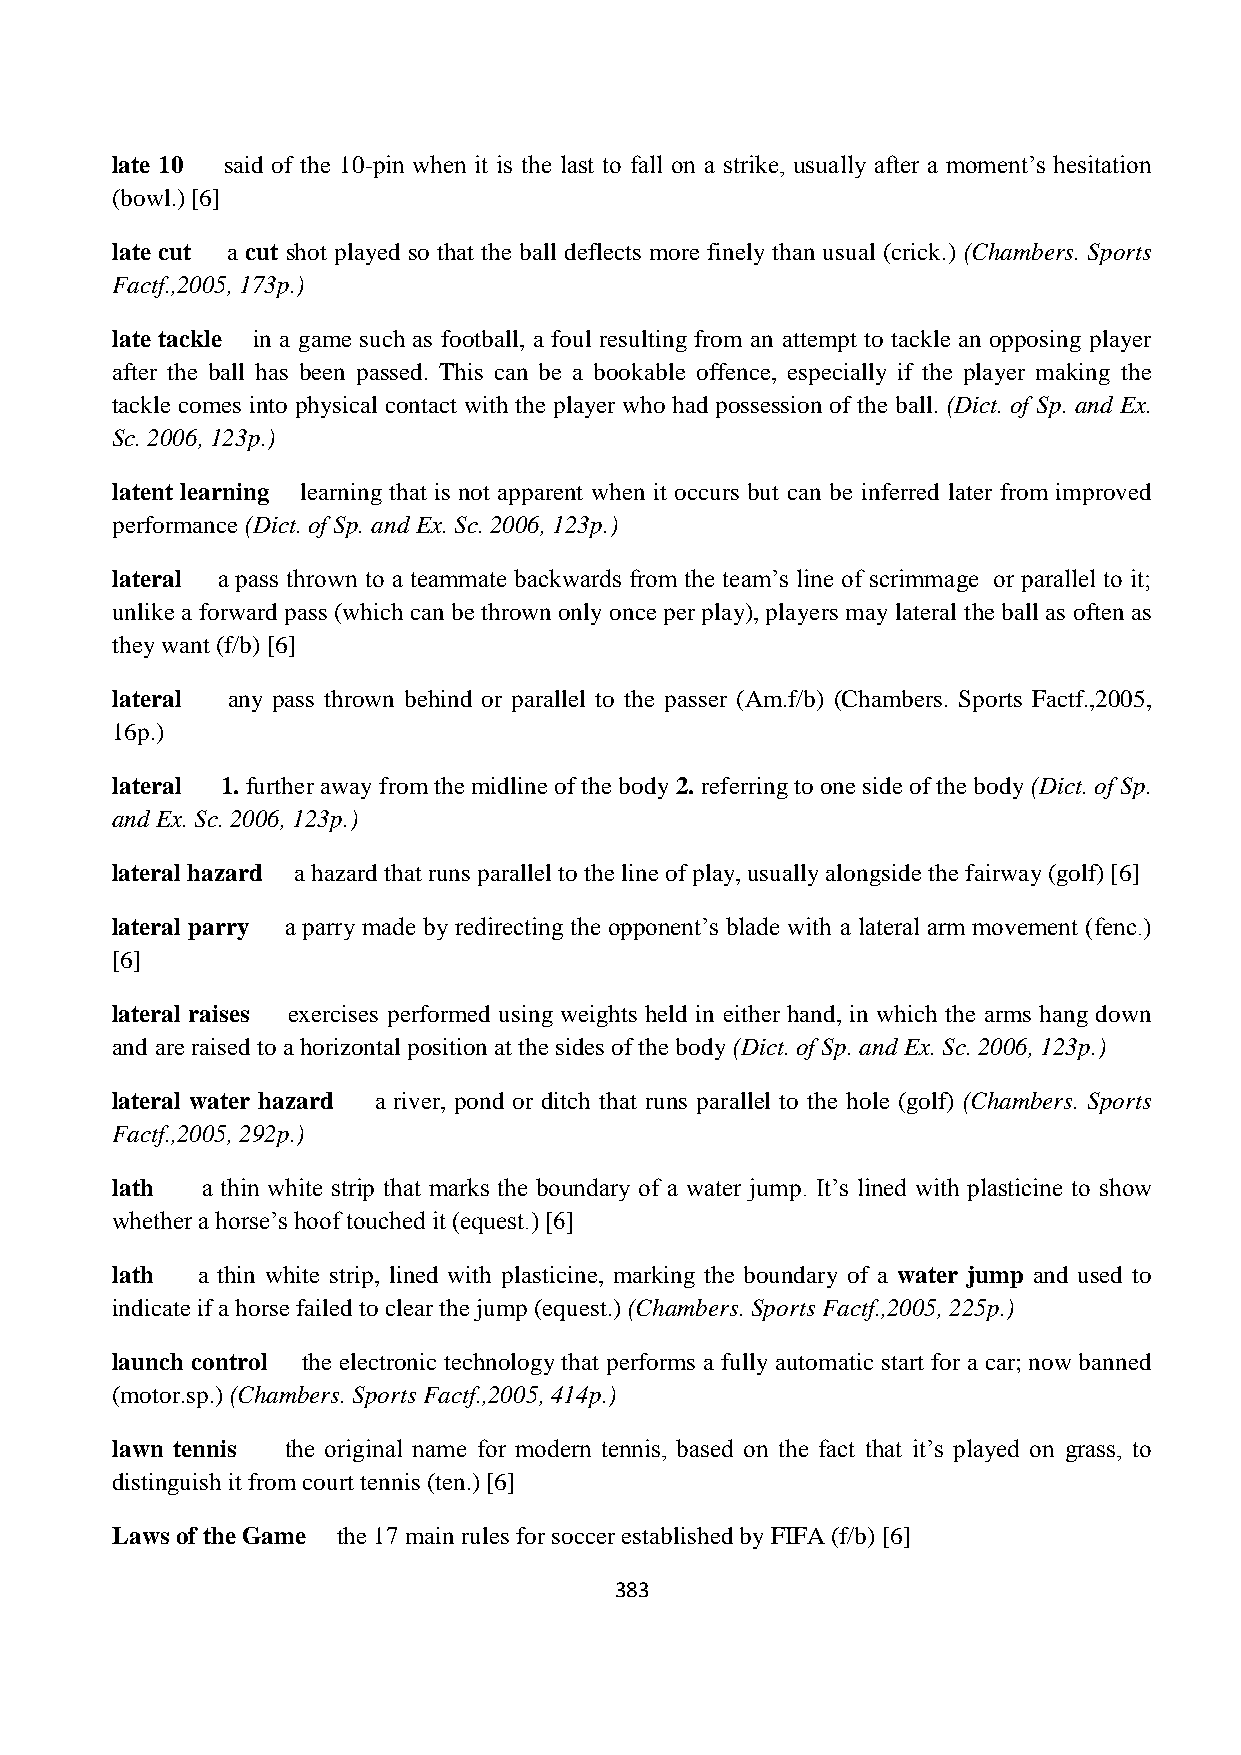
late 10 said of the 10-pin when it is the last to fall on a strike, usually after a moment‟s hesitation
 (bowl.) [6]
 late cut a cut shot played so that the ball deflects more finely than usual (crick.) (Chambers. Sports
 Factf.,2005, 173p.)
 late tackle in a game such as football, a foul resulting from an attempt to tackle an opposing player
 after the ball has been passed. This can be a bookable offence, especially if the player making the
 tackle comes into physical contact with the player who had possession of the ball. (Dict. of Sp. and Ex.
 Sc. 2006, 123p.)
 latent learning learning that is not apparent when it occurs but can be inferred later from improved
 performance (Dict. of Sp. and Ex. Sc. 2006, 123p.)
 lateral a pass thrown to a teammate backwards from the team‟s line of scrimmage or parallel to it;
 unlike a forward pass (which can be thrown only once per play), players may lateral the ball as often as
 they want (f/b) [6]
 lateral any pass thrown behind or parallel to the passer (Am.f/b) (Chambers. Sports Factf.,2005,
 16p.)
 lateral 1. further away from the midline of the body 2. referring to one side of the body (Dict. of Sp.
 and Ex. Sc. 2006, 123p.)
 lateral hazard a hazard that runs parallel to the line of play, usually alongside the fairway (golf) [6]
 lateral parry a parry made by redirecting the opponent‟s blade with a lateral arm movement (fenc.)
 [6]
 lateral raises exercises performed using weights held in either hand, in which the arms hang down
 and are raised to a horizontal position at the sides of the body (Dict. of Sp. and Ex. Sc. 2006, 123p.)
 lateral water hazard a river, pond or ditch that runs parallel to the hole (golf) (Chambers. Sports
 Factf.,2005, 292p.)
 lath  a thin white strip that marks the boundary of a water jump. It‟s lined with plasticine to show
 whether a horse‟s hoof touched it (equest.) [6]
 lath  a thin white strip, lined with plasticine, marking the boundary of a water jump and used to
 indicate if a horse failed to clear the jump (equest.) (Chambers. Sports Factf.,2005, 225p.)
 launch control the electronic technology that performs a fully automatic start for a car; now banned
 (motor.sp.) (Chambers. Sports Factf.,2005, 414p.)
 lawn tennis the original name for modern tennis, based on the fact that it‟s played on grass, to
 distinguish it from court tennis (ten.) [6]
 Laws of the Game the 17 main rules for soccer established by FIFA (f/b) [6]
 383